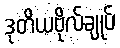
ဒုတိယဗိုလ်ချုပ်